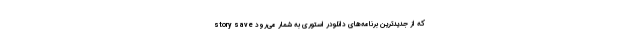
story save که از جدیدترین برنامه‌های دانلودر استوری به شمار می‌رود